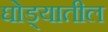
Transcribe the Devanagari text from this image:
घोड्यातील